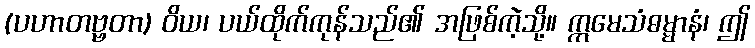
(ပဟာတဗ္ဗတာ) ဝိယ၊ ပယ်ထိုက်ကုန်သည်၏ အဖြစ်ကဲ့သို့။ ဣမေသံဓမ္မာနံ၊ ဤ